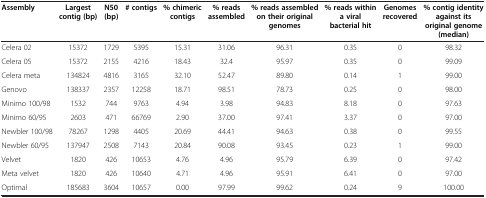
<table><thead><tr><td><b>Assembly</b></td><td><b>Largest contig (bp)</b></td><td><b>N50 (bp)</b></td><td><b># contigs</b></td><td><b>% chimeric contigs</b></td><td><b>% reads assembled</b></td><td><b>% reads assembled on their original genomes</b></td><td><b>% reads within a viral bacterial hit</b></td><td><b>Genomes recovered</b></td><td><b>% contig identity against its original genome (median)</b></td></tr></thead><tbody><tr><td>Celera 02</td><td>15372</td><td>1729</td><td>5395</td><td>15.31</td><td>31.06</td><td>96.31</td><td>0.35</td><td>0</td><td>98.32</td></tr><tr><td>Celera 05</td><td>15372</td><td>2155</td><td>4216</td><td>18.43</td><td>32.4</td><td>95.97</td><td>0.35</td><td>0</td><td>99.09</td></tr><tr><td>Celera meta</td><td>134824</td><td>4816</td><td>3165</td><td>32.10</td><td>52.47</td><td>89.80</td><td>0.14</td><td>1</td><td>99.00</td></tr><tr><td>Genovo</td><td>138337</td><td>2357</td><td>12258</td><td>18.71</td><td>98.51</td><td>78.73</td><td>0.25</td><td>0</td><td>98.00</td></tr><tr><td>Minimo 100/98</td><td>1532</td><td>744</td><td>9763</td><td>4.94</td><td>3.98</td><td>94.83</td><td>8.18</td><td>0</td><td>97.63</td></tr><tr><td>Minimo 60/95</td><td>2603</td><td>471</td><td>66769</td><td>2.90</td><td>37.00</td><td>97.41</td><td>3.37</td><td>0</td><td>97.00</td></tr><tr><td>Newbler 100/98</td><td>78267</td><td>1298</td><td>4405</td><td>20.69</td><td>44.41</td><td>94.63</td><td>0.38</td><td>0</td><td>99.55</td></tr><tr><td>Newbler 60/95</td><td>137947</td><td>2508</td><td>7143</td><td>20.84</td><td>90.08</td><td>93.45</td><td>0.23</td><td>1</td><td>99.00</td></tr><tr><td>Velvet</td><td>1820</td><td>426</td><td>10653</td><td>4.76</td><td>4.96</td><td>95.79</td><td>6.39</td><td>0</td><td>97.42</td></tr><tr><td>Meta velvet</td><td>1820</td><td>426</td><td>10640</td><td>4.71</td><td>4.96</td><td>95.91</td><td>6.41</td><td>0</td><td>97.00</td></tr><tr><td>Optimal</td><td>185683</td><td>3604</td><td>10657</td><td>0.00</td><td>97.99</td><td>99.62</td><td>0.24</td><td>9</td><td>100.00</td></tr></tbody></table>